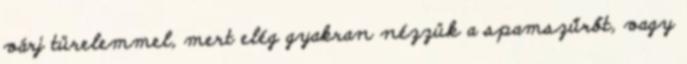
várj türelemmel, mert elég gyakran nézzük a spamszűrőt, vagy